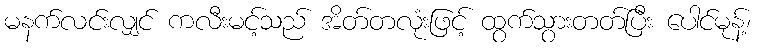
မနက်လင်းလျှင် ကလီးမင့်သည် အိတ်တလုံးဖြင့် ထွက်သွားတတ်ပြီး ပေါင်မုန့်၊